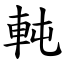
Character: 軘